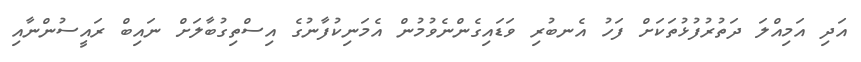
އަދި އަމިއްލަ ދަތުރުފުޅުތަކަށް ފަހު އެނބުރި ވަޑައިގެންނެވުމުން އެމަނިކުފާނުގެ އިސްތިގުބާލަށް ނައިބް ރައީސުންނާއި